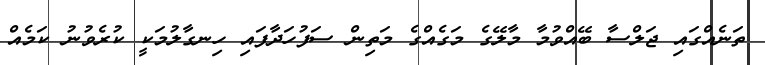
ތަނެއްގައި ޖަލްސާ ބޭއްވުމާ މާލޭގެ މަގެއްގެ މަތިން ސަފުހަދާފައި ހިނގާލުމަކީ ކުރެވުނު ކަމެއް